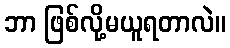
ဘာ ဖြစ်လို့မယူရတာလဲ။